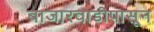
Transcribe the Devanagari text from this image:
बाजारवाडीपासून